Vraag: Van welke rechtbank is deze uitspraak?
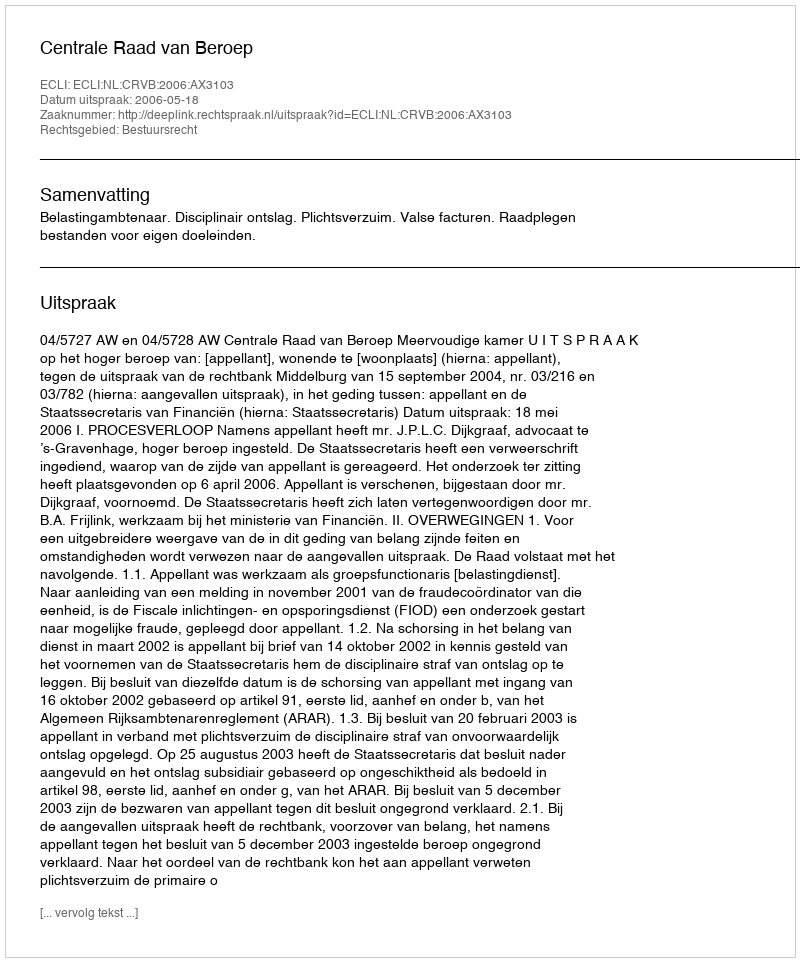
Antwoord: Centrale Raad van Beroep